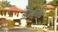
કોતરાઈ